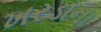
ખરડાના